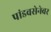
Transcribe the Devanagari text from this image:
पांडवसेनेवर